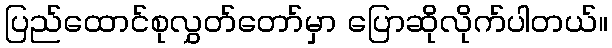
ပြည်ထောင်စုလွှတ်တော်မှာ ပြောဆိုလိုက်ပါတယ်။